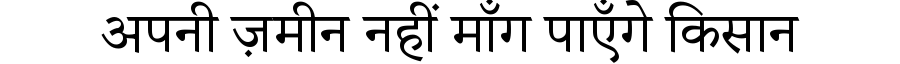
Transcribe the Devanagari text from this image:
अपनी ज़मीन नहीं माँग पाएँगे किसान